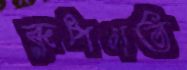
রূপগত